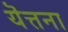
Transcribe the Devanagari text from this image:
यॆत्तना